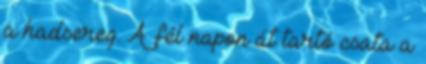
a hadsereg. A fél napon át tartó csata a